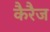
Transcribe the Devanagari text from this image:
कैरैज